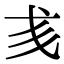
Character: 𢦑